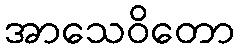
အာသေဝိတော